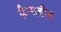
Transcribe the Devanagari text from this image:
लैन्सडौन